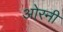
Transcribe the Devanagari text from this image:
ओरनी